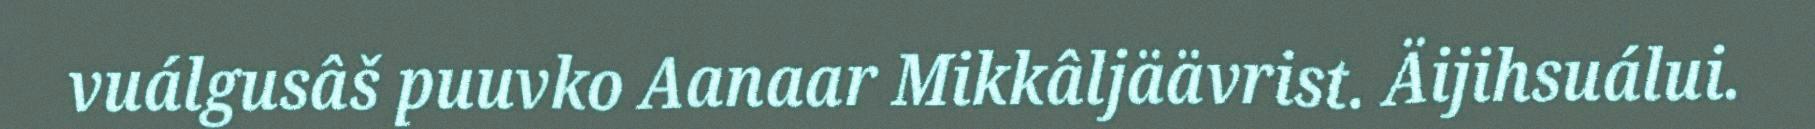
vuálgusâš puuvko Aanaar Mikkâljäävrist. Äijihsuálui.